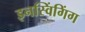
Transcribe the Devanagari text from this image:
इनस्विंगिंग